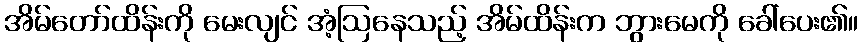
အိမ်တော်ထိန်းကို မေးလျင် အံ့ဩနေသည့် အိမ်ထိန်းက ဘွားမေကို ခေါ်ပေး၏။